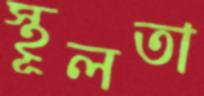
স্থূলতা